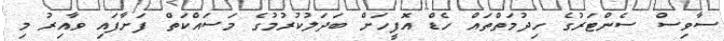
ސާވިސް ސެންޓަރުގެ ހިދުމަތްތައް ހެޑް އޮފީހަށް ބަދަލުކުރުމުގެ މަސައްކަތް ފަށާފައި ވާއިރު މި